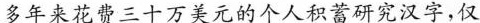
多年来花费三十万美元的个人积蓄研究汉字，仅